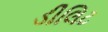
ડીલિટ